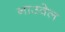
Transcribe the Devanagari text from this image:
नाउवेल